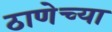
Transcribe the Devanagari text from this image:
ठाणेच्‍या